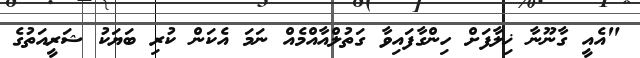
"އެއީ ގާނޫނާ ޚިލާފަށް ހިންގާފައިވާ ގަތުލްއާއްމެއް ނަމަ އެކަން ކުރި ބަޔަކު ޝަރީއަތުގެ